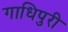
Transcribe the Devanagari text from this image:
गाधिपुरी